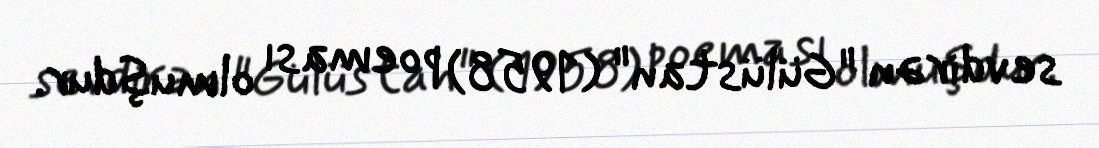
sevdirən "Gülüstan" (1958) poeması olmuşdur.